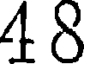
48